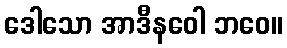
ဒေါသော အာဒီနဝေါ ဘဝေ။